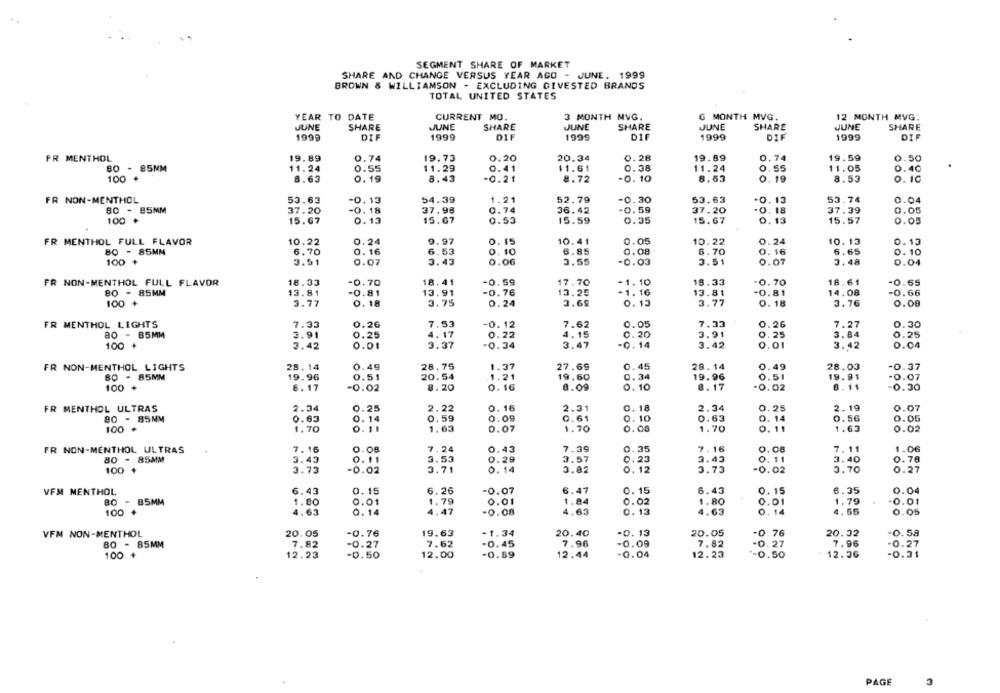
SEGMENT SHARE OF MARKET
SHARE AND CHANGE VERSUS YEAR AGO - JUNE. 1999
BROWN & WILLIAMSON - EXCLUDING DIVESTED BRANDS
TOTAL UNITED STATES
YEAR TO DATE
CURRENT MO.
3 MONTH MVG.
6 MONTH MVG.
12 MONTH MVG.
JUNE
JUNE
SHARE
JUNE
SHARE
JUNE
SHARE
JUNE
SHARE
SHARE
1999
DIF
1999
DIF
1999
DIF
1999
DIF
1999
DIF
FR MENTHOL
19.89
0.74
19.73
0.20
20.34
0.28
19.89
0.74
19.59
0.50
80 - 85MM
0.38
11.05
11.24
0.55
11.29
0.41
$1.61
11.24
0.55
0.40
100
8.63
0.19
8.43
-0.21
8.72
-0.10
8.63
0.19
8.53
0. 10
FR NON-MENTHOL
53.63
-0.13
54.39
1.21
52.79
-0.30
53.63
-0.13
53.74
0.04
-0.59
80 - 85MM
37.20
-0. 18
37.98
0.74
36.42
37.20
0.18
37.39
0.05
100
15.67
0.13
15.67
0.53
15.59
0.35
15.67
0. 13
15.57
0.05
FR MENTHOL FULL FLAVOR
10.22
0.24
9.97
0. 15
10.41
0.05
10.22
0.24
10. 13
0.13
6.85
0.08
0.16
6.65
80 - 85MM
6.70
0. 16
6.53
0. 10
6.70
0.10
100
3.51
0.07
3.43
0.06
3.55
-0.03
3.51
0.07
3.48
0.04
FR NON-MENTHOL FULL FLAVOR
18.33
-0.70
18.41
-0.59
17.70
-1.10
18.33
-0.70
18.61
-0.65
-0.76
- 1. 16
80 - 85MM
13.81
-0.81
13.91
13.25
13.81
-0.81
14.08
-0.66
100
3.77
0.18
3.75
0.24
3.69
0.13
3.77
0.18
3.76
0.00
FR MENTHOL LIGHTS
7.33
0.26
7.53
-0.12
7.62
0.05
7.33
0.26
7.27
0.30
0.20
80 - 85MM
3.91
0.25
4.17
0.22
4.15
3.91
0.25
3.84
0.25
100
3.42
0.01
3.37
-0.34
3.47
-0.14
3.42
0.01
3.42
0.04
FR NON-MENTHOL LIGHTS
28.14
0.49
28.75
1.37
27.69
0.45
28.14
0.49
28.03
-0.37
80 - 85MM
19.96
0.51
20.54
1.21
19.60
0.34
19.96
0.51
19.91
-0.07
100
8.17
-0.02
8.20
0.16
8.09
0.10
8.17
-0.02
8.11
-0.30
FR MENTHOL ULTRAS
2.34
0.25
2.22
0.16
2.31
0. 18
2.34
0.25
2.19
0.07
80 - 85MM
0.63
0.14
0.59
0.09
0.61
0.10
0.63
0.14
0.56
0.05
100
1.70
1.63
0.07
1.70
0.00
1.70
0. 11
1.63
0.02
FR NON-MENTHOL ULTRAS
7. 16
0.08
7. 24
0.43
7.39
0.35
7.16
0.08
7.11
1.06
3.57
0.23
0. 11
0.78
80 - 85MM
3.43
0.11
3.53
0.29
3.43
3.40
100
3.73
-0.02
3.71
0.14
3.82
0. 12
3.73
-0.02
3.70
0.27
VFM MENTHOL
6.43
0.15
6.26
-0.07
6.47
0. 15
6.43
0. 15
6.35
0.04
BO - B5MM
1.80
0.01
1.79
0.01
1.84
0.02
1.80
0.01
1.79
-0.01
100
4.63
0.14
4.47
-0.08
4.63
0.13
4.63
0.14
4.55
0.05
VFM NON-MENTHOL
20.05
-0.76
19.63
-1.34
20.40
-0.13
20.05
-0.76
20.32
-0.58
80 - 85MM
7.82
7.62
-0.45
7.96
-0.09
7.82
-0.27
7.96
-0.27
100 +
12.23
-0.27
12.00
-0.89
12.44
-0.04
12.23
-0.50
12.36
-0.31
PAGE
3